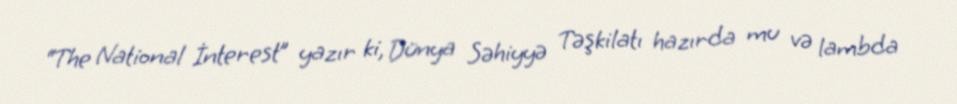
“The National İnterest” yazır ki, Dünya Səhiyyə Təşkilatı hazırda mu və lambda